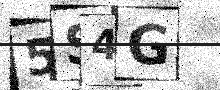
Text: 5S4G